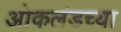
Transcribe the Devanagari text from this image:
ओकलंडच्या